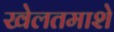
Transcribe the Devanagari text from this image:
खेलतमाशे